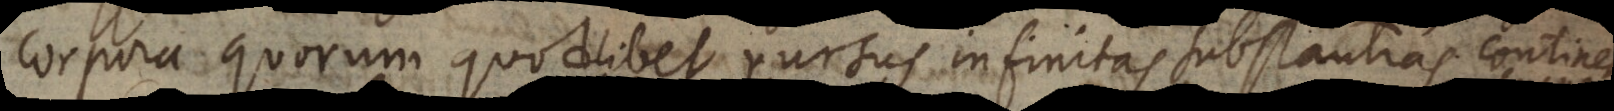
corpora quorum quodlibet rursus infinitas substantias contine